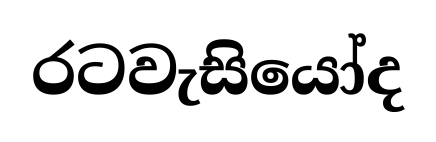
රටවැසියෝද